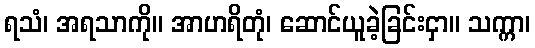
ရသံ၊ အရသာကို။ အာဟရိတုံ၊ ဆောင်ယူခဲ့ခြင်းငှာ။ သက္ကာ၊